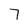
Character: 7